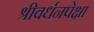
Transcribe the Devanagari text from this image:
श्रीवर्धनपेक्षा